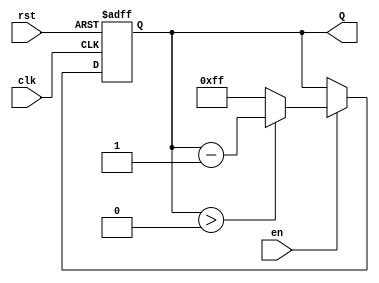
module binary_down_counter #(parameter N = 8) (
    input wire clk,                // Clock signal
    input wire rst,                // Asynchronous reset
    input wire en,                 // Enable signal
    output reg [N-1:0] Q           // N-bit output for count value
);

    // Maximum count value
    localparam MAX_COUNT = (1 << N) - 1; // 2^N - 1

    // Sequential logic for the counter
    always @(posedge clk or posedge rst) begin
        if (rst) begin
            // Asynchronous reset to max count
            Q <= MAX_COUNT;
        end else if (en) begin
            // Decrement the counter
            if (Q > 0) begin
                Q <= Q - 1;
            end else begin
                // Wrap around to the maximum count
                Q <= MAX_COUNT;
            end
        end
        // If enable is not asserted, hold the current state
    end

endmodule